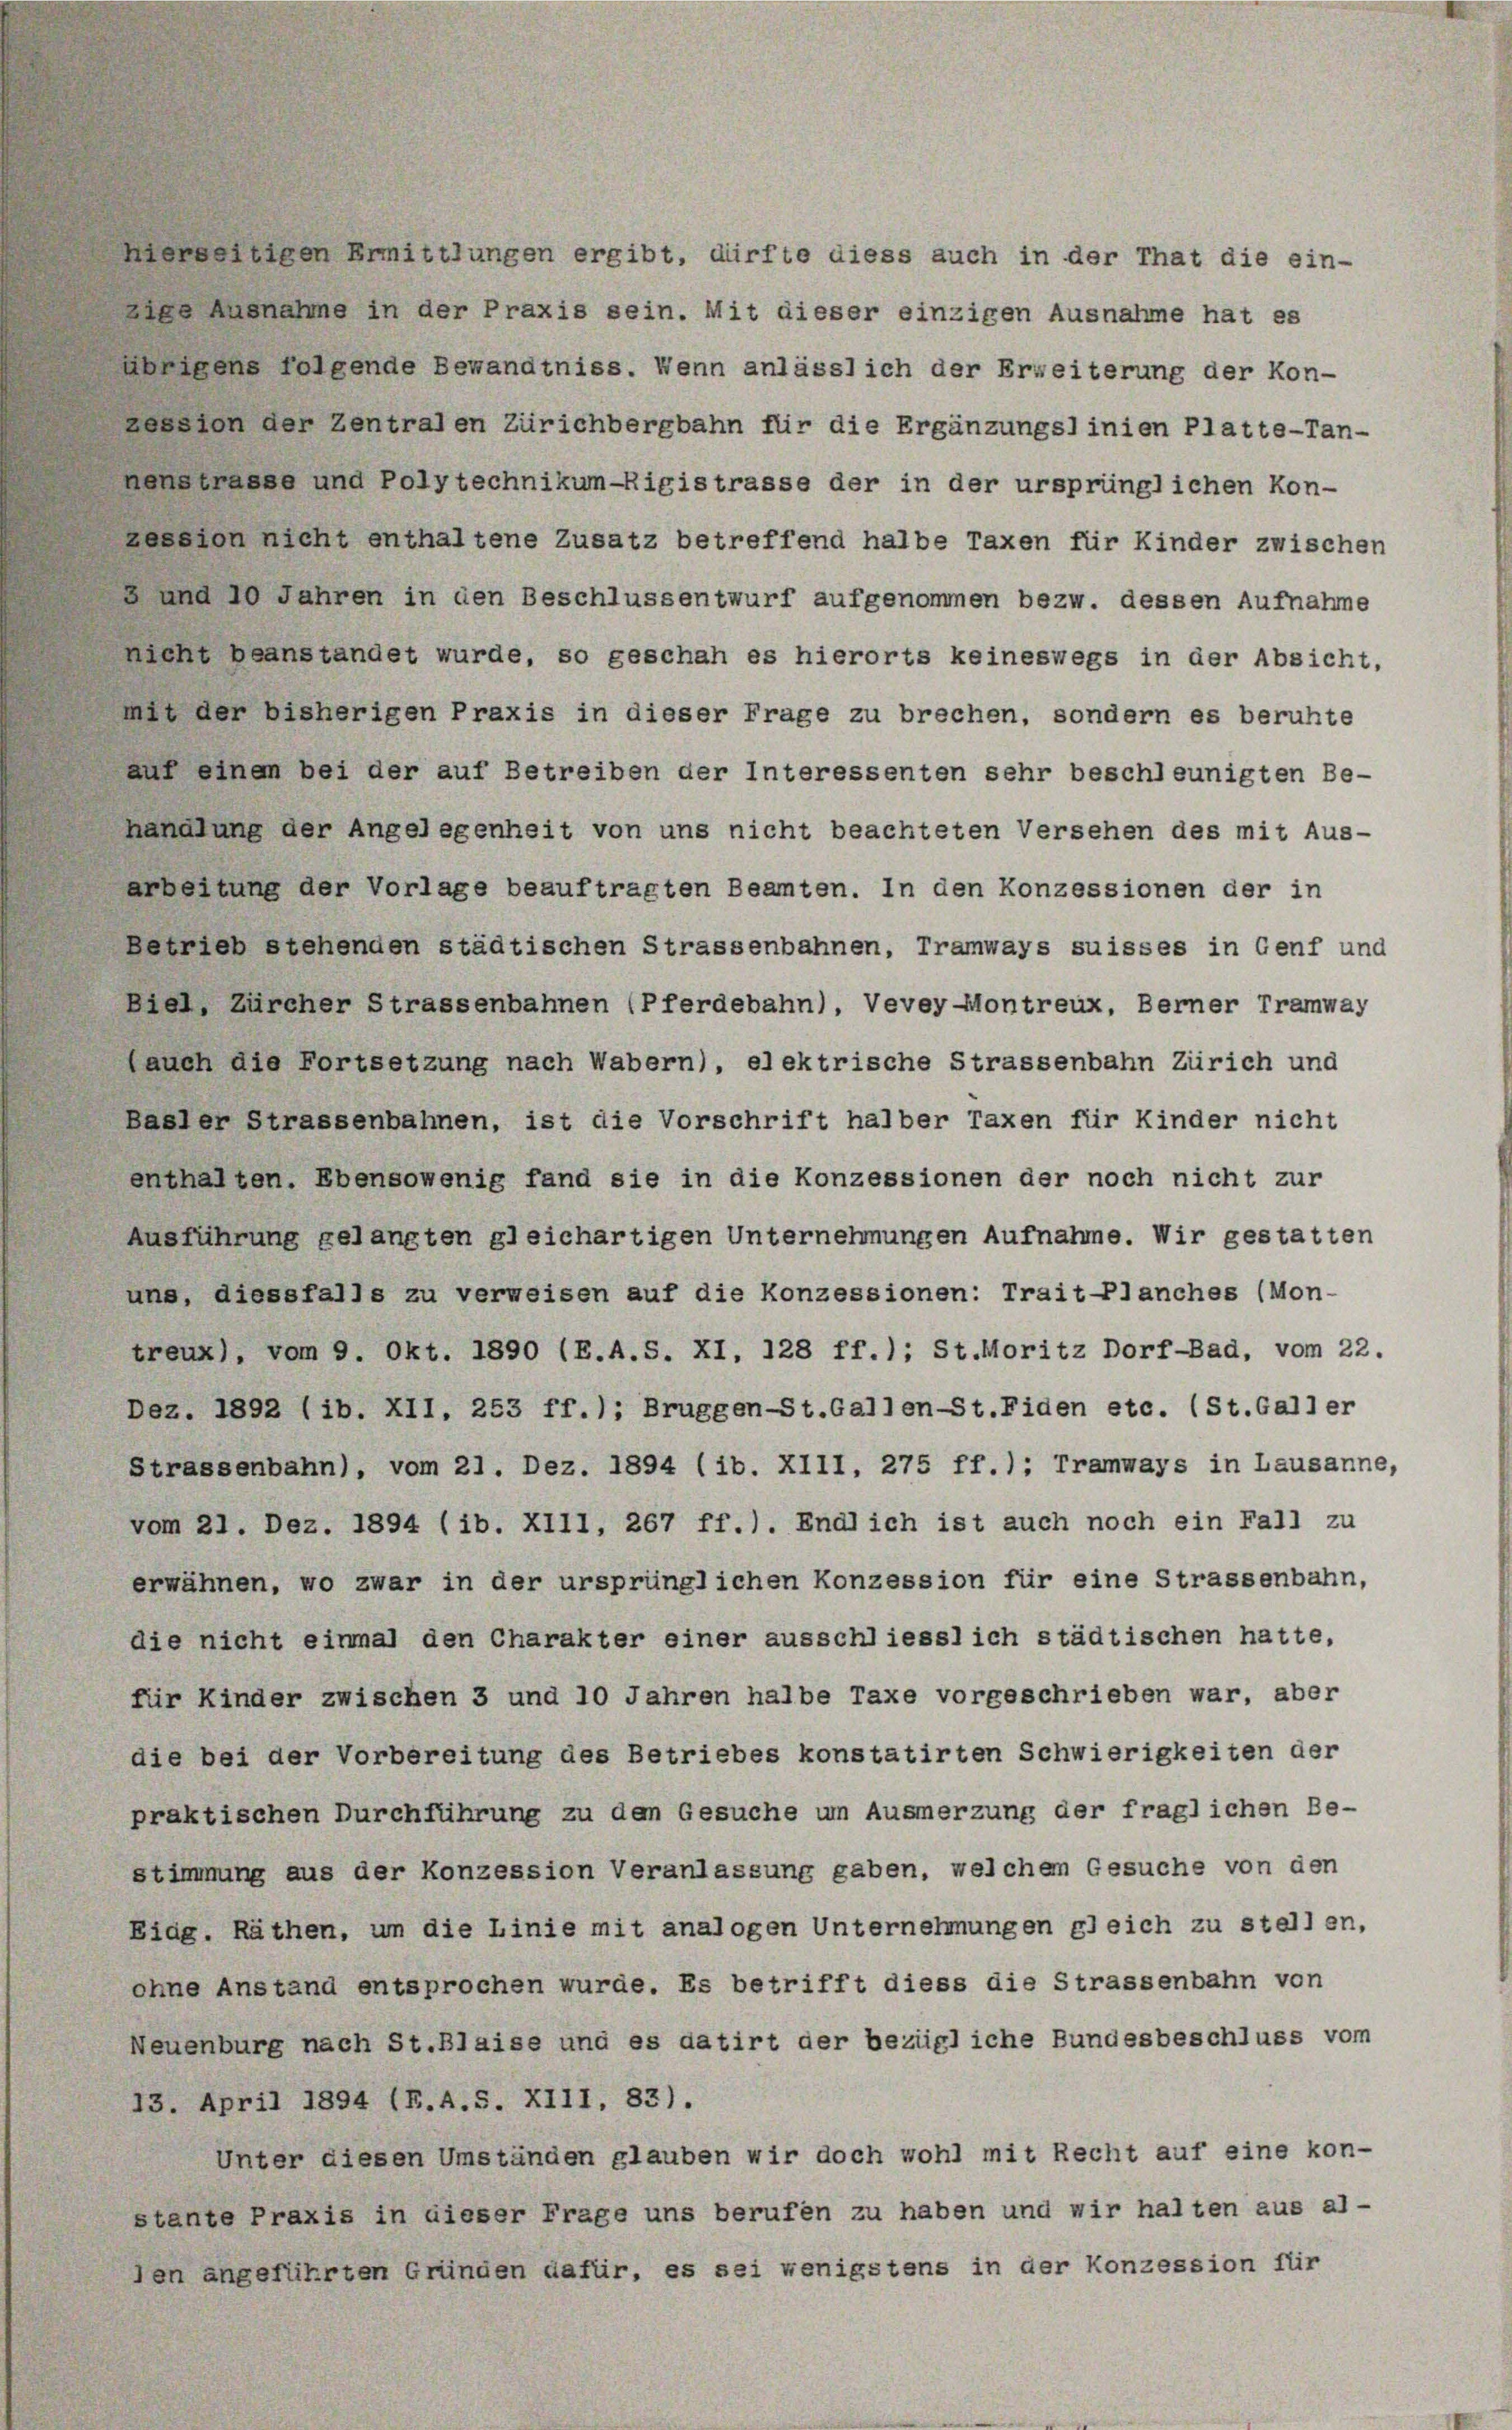
eedenen Ermittlungen ergibt, dürfte diess auch in der That die ein-
ige Ausnahme in der Praxis sein. Mit dieser einzigen Ausnahme hat es
aenigens folgende Bewandtniss. Wenn anlässlich der Erweiterung der Kon-
Lession der Zentralen Zürichbergbahn für die Ergänzungslinien Platte-Tan-
nenstrasse und Polytechnikum-Rigistrasse der in der ursprünglichen Kon-
ression nicht enthaltene Zusatz betreffend halbe Taxen für Kinder zwischen
2 und 10 Jahren in den Beschlussentwurf aufgenommen bezw. dessen Aufnahme
nicht beanstandet wurde, so geschah es hierorts keineswegs in der Absicht,
mit der bisherigen Praxis in dieser Frage zu brechen, sondern es beruhte
auf einem bei der auf Betreiben der Interessenten sehr beschleunigten Be-
handlung der Angelegenheit von uns nicht beachteten Versehen des mit Aus-
arbeitung der Vorlage beauftragten Beamten. In den Konzessionen der in
betrieb stehenden städtischen Strassenbahnen, Tramways suisses in Genf und
Biel, Zürcher Strassenbahnen (Pferdebahn), Vevey-Montreux, Berner Tramway
(auch die Fortsetzung nach Wabern), elektrische Strassenbahn Zürich und
Basler Strassenbahnen, ist die Vorschrift halber Taxen für Kinder nicht
enthalten. Ebensowenig fand sie in die Konzessionen der noch nicht zur
Ausführung gelangten gleichartigen Unternehmungen Aufnahme. Wir gestatten
uns, diessfalls zu verweisen auf die Konzessionen: Trait-Planches (Mon-
treux), vom 9. Okt. 1890 (B.A.S. XI, 128 ff.); St. Moritz Dorf-Bad, vom 22.
Dez. 1892 (ib. XII, 253 ff.); Bruggen-St.Gallen-St. Fiden etc. (St.Galler
Strassenbahn), vom 21. Dez. 1894 (ib. XIII, 275 ff.); Tramways in Lausanne,
vom 21. Dez. 1894 (ib. XIII, 267 ff.). Endlich ist auch noch ein Fall zu
erwähnen, wo zwar in der ursprünglichen Konzession für eine Strassenbahn,
die nicht einmal den Charakter einer ausschliesslich städtischen hatte,
für Kinder zwischen 3 und 10 Jahren halbe Taxe vorgeschrieben war, aber
die bei der Vorbereitung des Betriebes konstatirten Schwierigkeiten der
praktischen Durchführung zu den Gesuche um Ausmerzung der fraglichen Be-
stimmung aus der Konzession Veranlassung gaben, welchem Gesuche von den
Eidg. Räthen, um die Linie mit analogen Unternehmungen gleich zu stellen,
ohne Anstand entsprochen wurde. Es betrifft diess die Strassenbahn von
Neuenburg nach St.Blaise und es datirt der bezügliche Bundesbeschluss vom
13. April 1894 (F.A.S. XIII, 83).
Unter diesen Umständen glauben wir doch wohl mit Recht auf eine kon-
stante Praxis in dieser Frage uns berufen zu haben und wir halten aus al-
den angeführten Gründen dafür, es sei wenigstens in der Konzession für